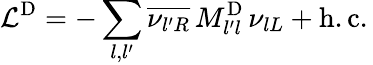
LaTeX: \mathcal{L}^{\mathrm{D}}=-\sum_{l,l^{\prime}}\overline{{{\nu_{{l^{\prime}}R}}}}\, M_{l^{\prime}l}^{\mathrm{D}}\, \nu_{{l}L}+\mathrm{h.c.}\,